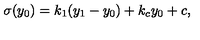
\sigma ( y _ { 0 } ) = k _ { 1 } ( y _ { 1 } - y _ { 0 } ) + k _ { c } y _ { 0 } + c , \,